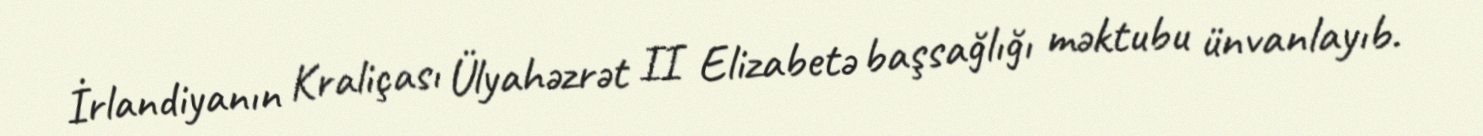
İrlandiyanın Kraliçası Ülyahəzrət II Elizabetə başsağlığı məktubu ünvanlayıb.